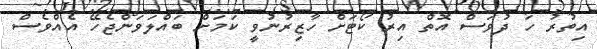
އިތުރު ހަ ދުވަސް އޮތް އިރު ކޯޓަށް ހާޒިރުނުވީ ކަމަށް ބައްލަވަންޖެހޭ އެއްވެސް